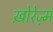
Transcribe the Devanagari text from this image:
ख़ोरेज़्म